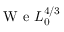
\mathrm { ~ W ~ e ~ } L _ { 0 } ^ { 4 / 3 }